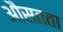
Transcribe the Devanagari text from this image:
औसतता